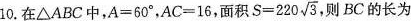
10. 在△ABC中,$$A = 6 0 °$$,$$A C = 1 6$$,面积$$S = 2 2 0 \sqrt { 3 }$$,则BC的长为